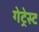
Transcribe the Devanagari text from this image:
गेट्रेस्ट